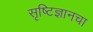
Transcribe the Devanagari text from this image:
सृष्टिज्ञानचा